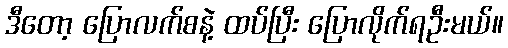
ဒီတော့ ပြောလက်စနဲ့ ထပ်ပြီး ပြောလိုက်ရဦးမယ်။